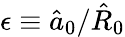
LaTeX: \epsilon\equiv\hat{a}_{0}/\hat{R}_{0}